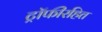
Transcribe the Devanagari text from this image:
ट्रॉफीरहित